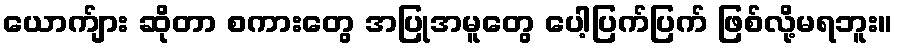
ယောက်ျား ဆိုတာ စကားတွေ အပြုအမူတွေ ပေါ့ပြက်ပြက် ဖြစ်လို့မရဘူး။